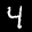
Label: 4